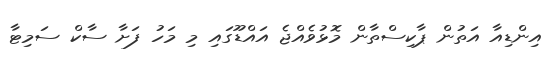
އިންޑިއާ އަތުން ޕާކިސްތާން މޮޅުވެއްޖެ އައްޑޫގައި މި މަހު ފަށާ ސާކް ސަމިޓާ